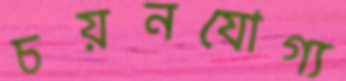
চয়নযোগ্য